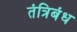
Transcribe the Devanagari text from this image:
तंत्रिबंध